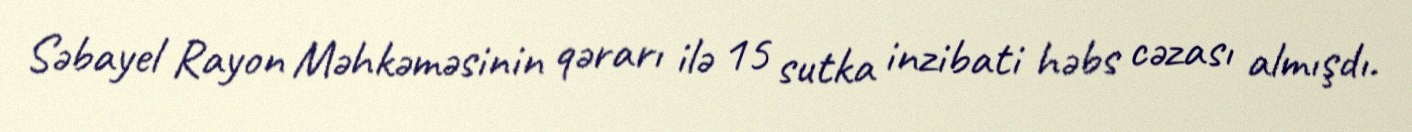
Səbayel Rayon Məhkəməsinin qərarı ilə 15 sutka inzibati həbs cəzası almışdı.